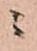
ニ